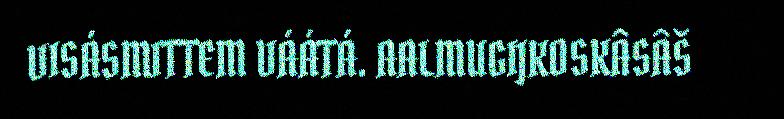
VISÁSMITTEM VÁÁTÁ. AALMUGIJKOSKÂSÂŠ